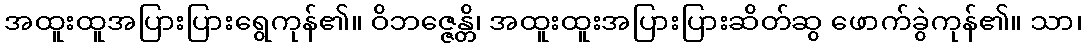
အထူးထူအပြားပြားရွေကုန်၏။ ဝိဘဇ္ဇေန္တိ၊ အထူးထူးအပြားပြားဆိတ်ဆွ ဖောက်ခွဲကုန်၏။ သာ၊